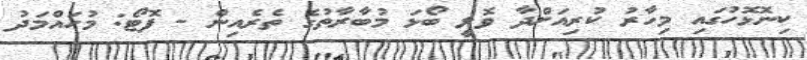
ކިނޮޅޮހުގައި މިހާރު ކުރިއަށްދާ ވޮލީ ބޯޅަ މުބާރާތުގެ ތެރެއިން - ފޮޓޯ: މުހައްމަދު